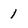
Character: 1